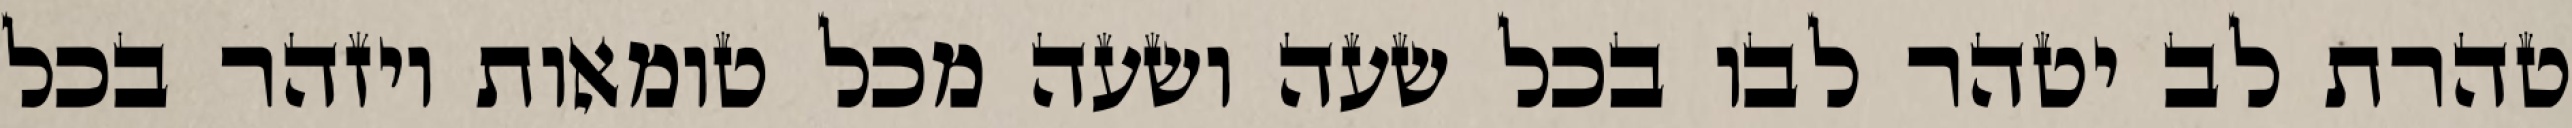
טהרת לב יטהר לבו בכל שעה ושעה מכל טומאות ויזהר בכל